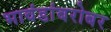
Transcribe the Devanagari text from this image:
भावंडांबरोबर